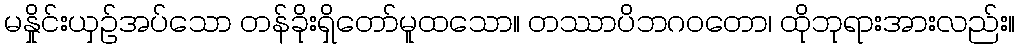
မနှိုင်းယှဉ်အပ်သော တန်ခိုးရှိတော်မူထသော။ တဿာပိဘဂဝတော၊ ထိုဘုရားအားလည်း။